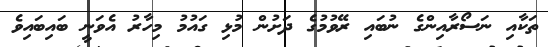
ތަކާއި ނަސޯރާއިންގެ ނުބައި ރޭވުމުގެ ދަށުން މުޅި ގައުމު މިހާރު އެވަނީ ބައިބައިވެ